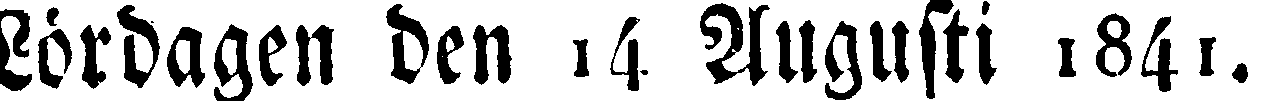
Lördagen den 14 Augusti 1841.